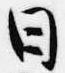
日